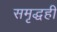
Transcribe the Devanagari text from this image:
समृद्धही